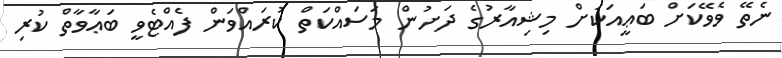
ނެތޭ ވެވޭކަށް ބަޢީއަކަށް މިޝިއާރުގެ ދަށުން މަސައްކަތް ކުރައްވަން ފެއްޓެވީ ބަޢާވާތް ކުރި